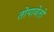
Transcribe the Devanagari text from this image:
तोपावेतो